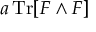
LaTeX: a \operatorname { T r } [ F \wedge F ]